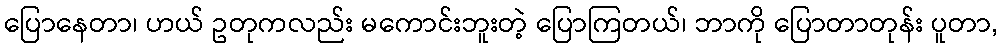
ပြောနေတာ၊ ဟယ် ဥတုကလည်း မကောင်းဘူးတဲ့ ပြောကြတယ်၊ ဘာကို ပြောတာတုန်း ပူတာ,